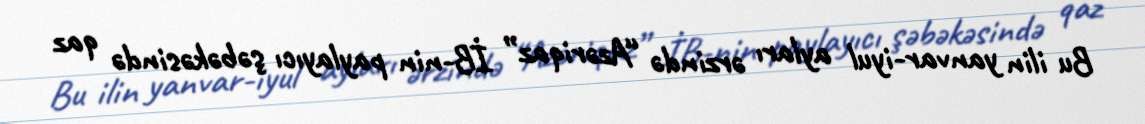
Bu ilin yanvar-iyul ayları ərzində “Azəriqaz” İB-nin paylayıcı şəbəkəsində qaz